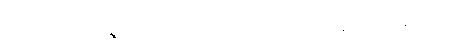
ပွားများအပ်ကုန်၏။ ဗဟုလီကတာ၊ များစွာပြုအပ်ကုန်ပြီ။ ယာနီကတာ၊